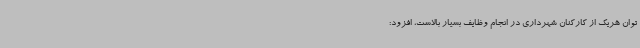
توان هریک از کارکنان شهرداری در انجام وظایف بسیار بالاست، افزود: